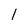
Character: l